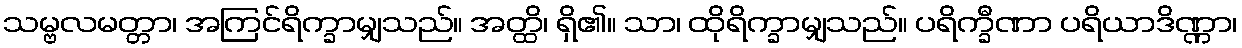
သမ္ဗလမတ္တာ၊ အကြင်ရိက္ခာမျှသည်။ အတ္ထိ၊ ရှိ၏။ သာ၊ ထိုရိက္ခာမျှသည်။ ပရိက္ခီဏာ ပရိယာဒိဏ္ဏာ၊